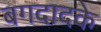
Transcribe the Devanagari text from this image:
बगदादके